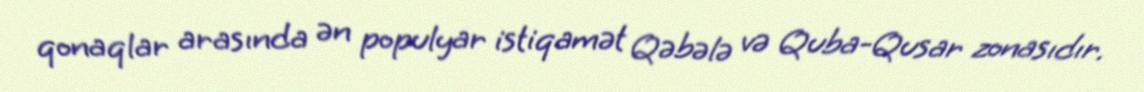
qonaqlar arasında ən populyar istiqamət Qəbələ və Quba-Qusar zonasıdır.